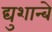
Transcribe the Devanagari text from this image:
द्युशान्बे